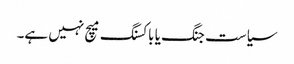
سیاست جنگ یا باکسنگ میچ نہیں ہے۔